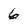
Character: 6